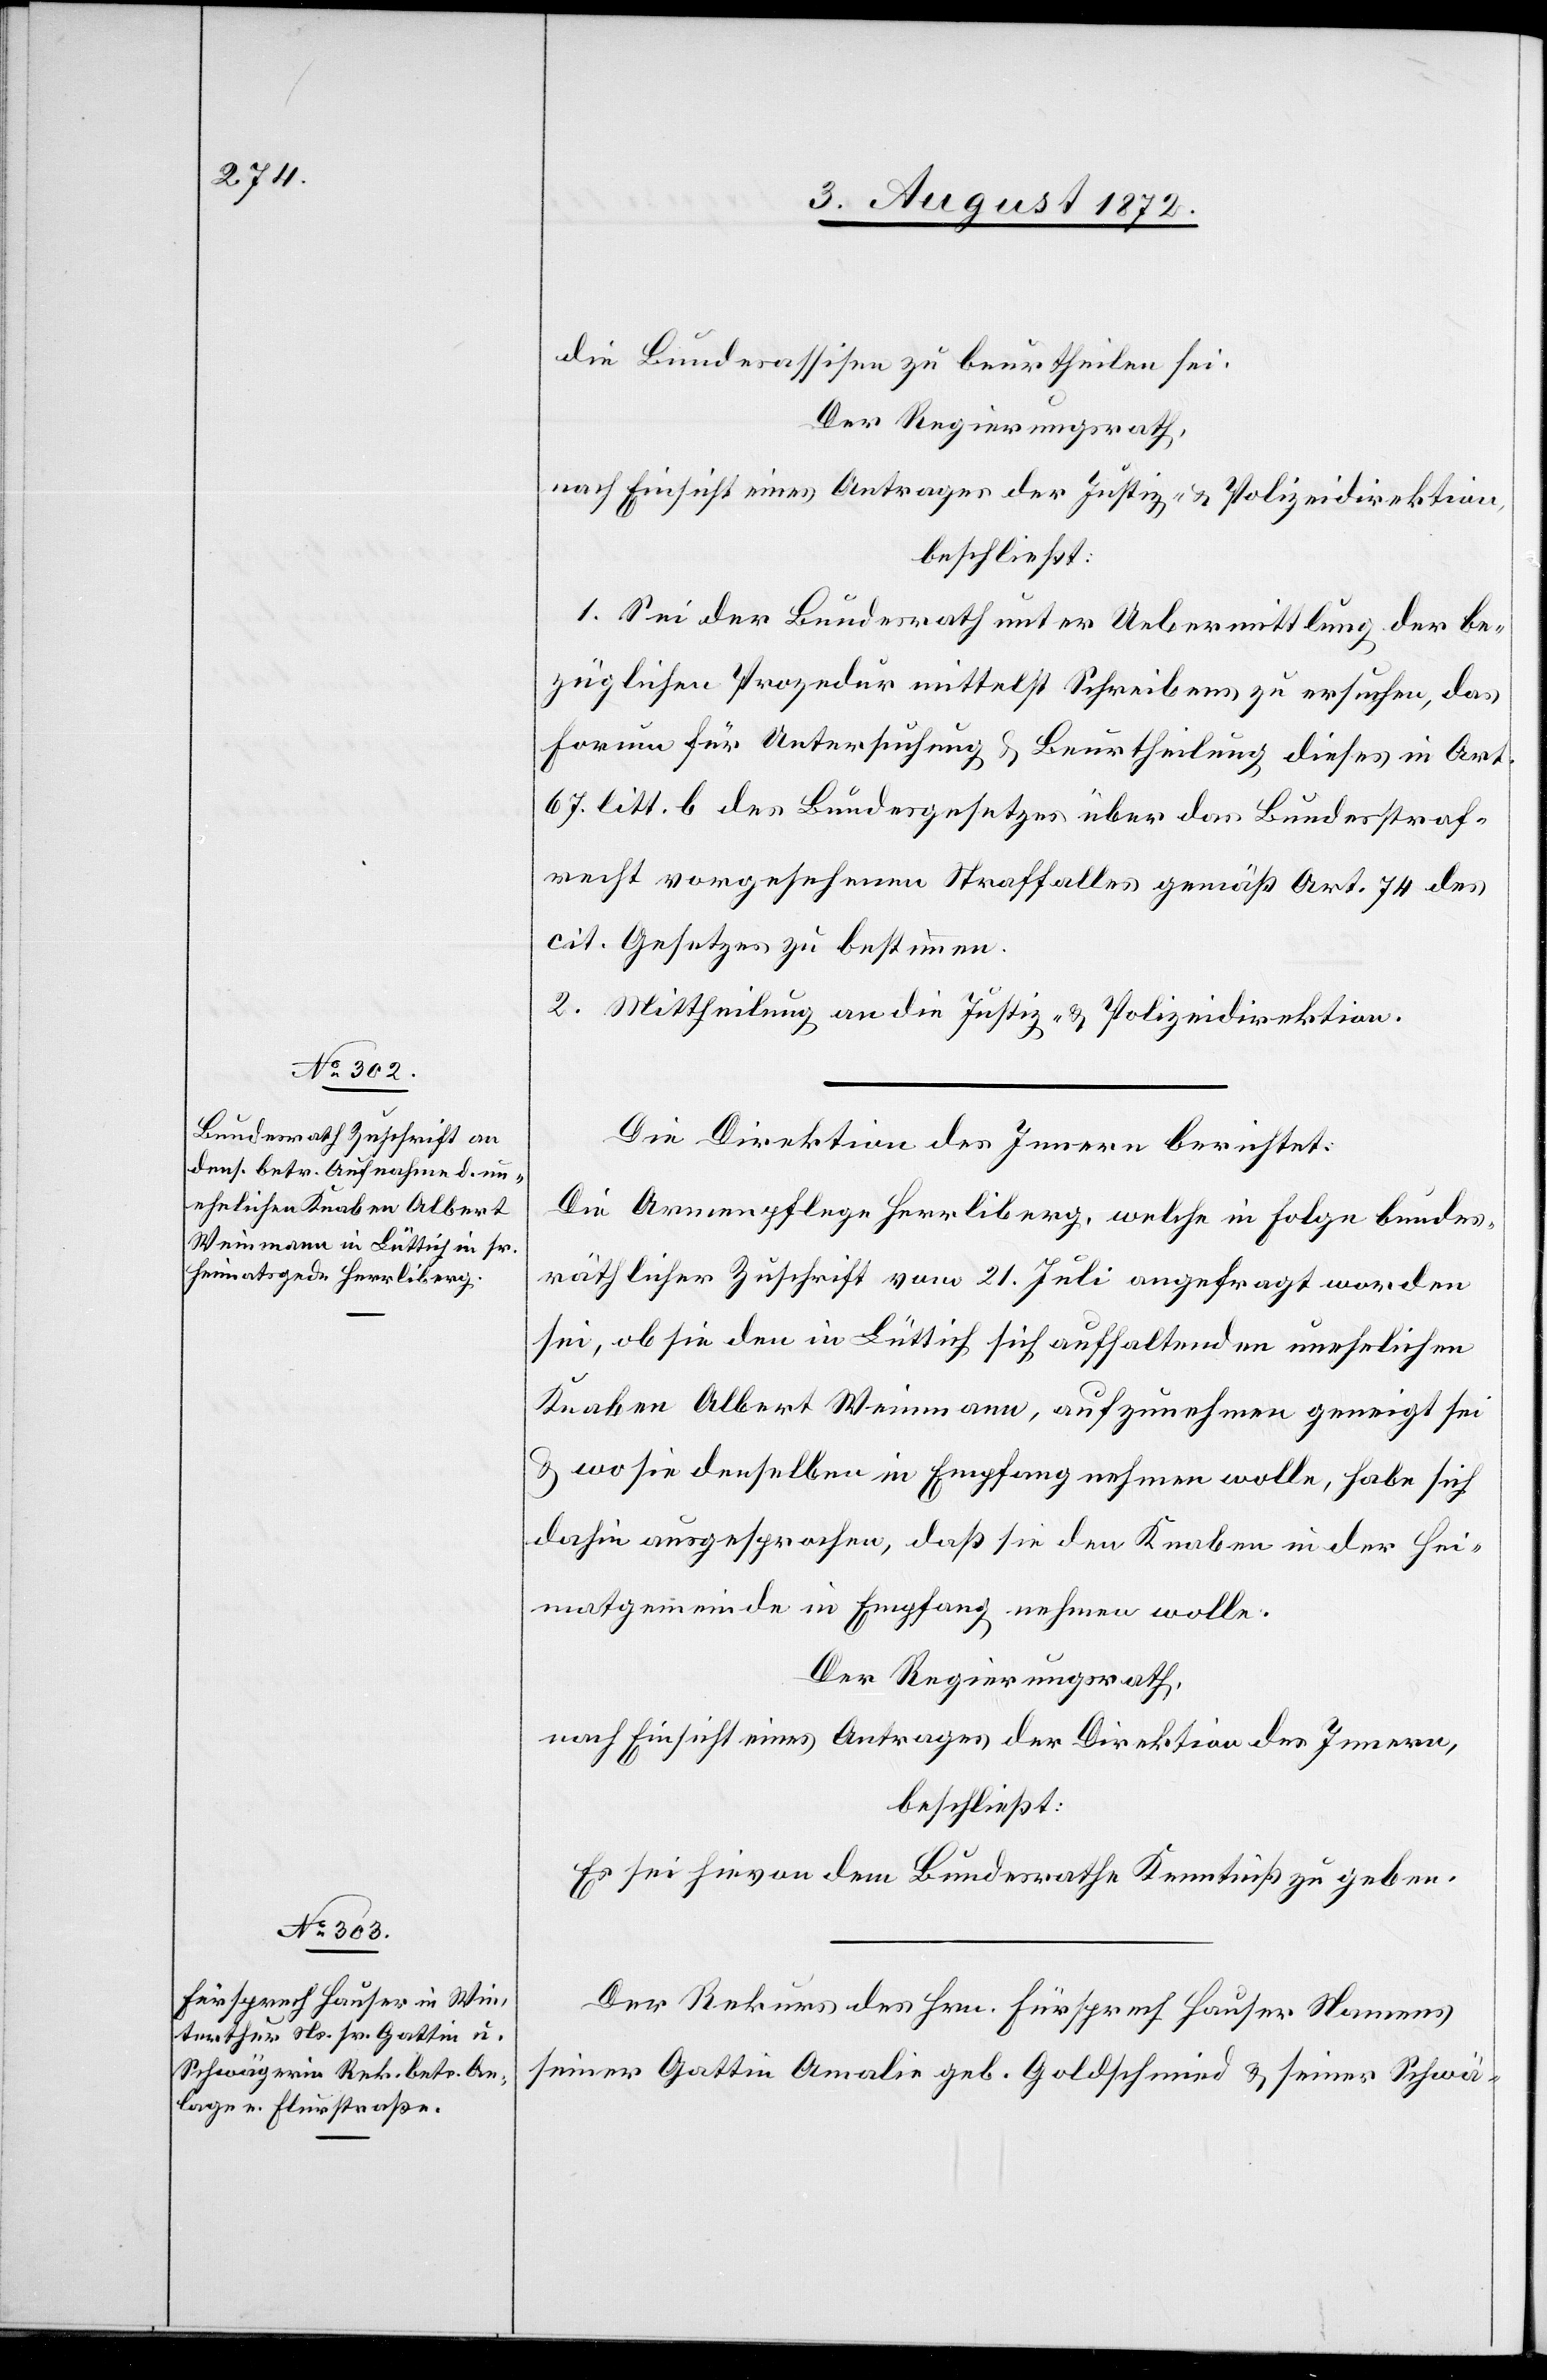
7. August 1872.]
die Bundesassisen zu beurtheilen sei.
Der Regierungsrath,
nach Einsicht eines Antrages der Justiz- u. Polizeidirektion,
beschließt:
1. Sei der Bundesrath unter Uebermittlung der be¬
züglichen Prozedur mittelst Schreibens zu ersuchen, das
Forum für Untersuchung u. Beurtheilung dieses in Art.
67. litt. b des Bundesgesetzes über das Bundesstraf¬
recht vorgesehenen Straffalles gemäß Art. 74 des
cit. Gesetzes zu bestimmen.
2. Mittheilung an die Justiz- u. Polizeidirektion.
Die Direktion des Innern berichtet:
Die Armenpflege Herrliberg, welche in Folge bundes¬
räthlicher Zuschrift vom 21. Juli angefragt worden
sei, ob sie den in Lüttich sich aufhaltenden unehelichen
Knaben Albert Weinmann, aufzunehmen geneigt sei
u. wo sie denselben in Empfang nehmen wolle, habe sich
dahin ausgesprochen, daß sie den Knaben in der Hei¬
matgemeinde in Empfang nehmen wolle.
Der Regierungsrath,
nach Einsicht eines Antrages der Direktion des Innern,
beschließt:
Es sei hievon dem Bundesrathe Kenntniß zu geben.
Der Rekurs des Hrn. Fürsprech Hauser Namens
seiner Gattin Amalie geb. Goldschmied u. seiner Schwä-